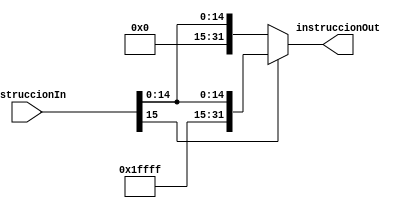
`timescale 1ns/1ns

module sign_extend (
	input [15:0]instruccionIn,
	output reg[31:0]instruccionOut
);

always @* begin
	if (instruccionIn[15] == 1'b0) begin
		instruccionOut <= {16'b0000000000000000, instruccionIn};
	end
	else begin
		instruccionOut <= {16'b1111111111111111, instruccionIn};
	end
end

endmodule